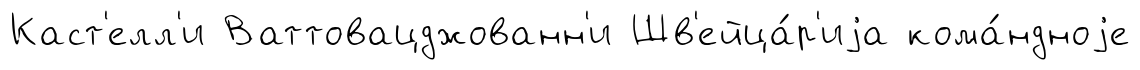
Каст'елл'и Ваттовацджованн'и Шв'ейца́р'иjа кома́ндноjе